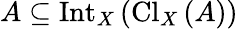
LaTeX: A\subseteq\operatorname{Int}_{X}\left(\operatorname{Cl}_{X}\left(A\right)\right)